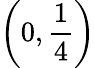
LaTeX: \left(0,{\frac{1}{4}}\right)